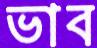
ভাব